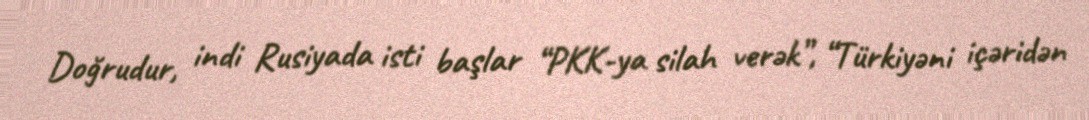
Doğrudur, indi Rusiyada isti başlar “PKK-ya silah verək”, “Türkiyəni içəridən